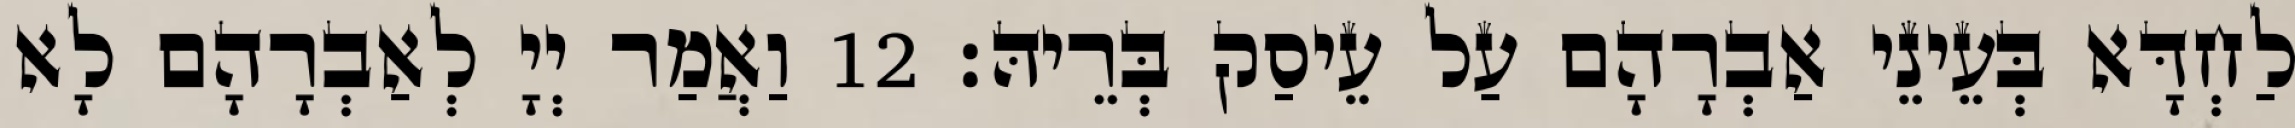
לַחְדָּא בְּעֵינֵי אַבְרָהָם עַל עֵיסַק בְּרֵיהּ׃ 12 וַאֲמַר יְיָ לְאַבְרָהָם לָא